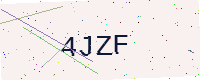
Text: 4JZF